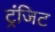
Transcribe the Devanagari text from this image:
ट्रंजिट